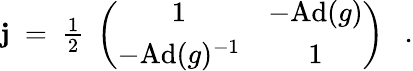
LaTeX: \mathbf{j}~=~{\textstyle{\frac{{1}}{{2}}}}\; \left(\begin{array}{cc}{{1}}&{{-\mathrm{Ad}(g)}}\\ {{-\mathrm{Ad}(g)^{-1}}}&{{1}}\end{array}\right)~~~.